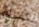
كفيلم